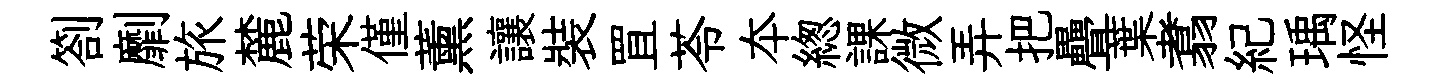
劄劘旅麓荣僅薰讓裝罝苓夲緫課微弄把疊葉翥紀瑀怪